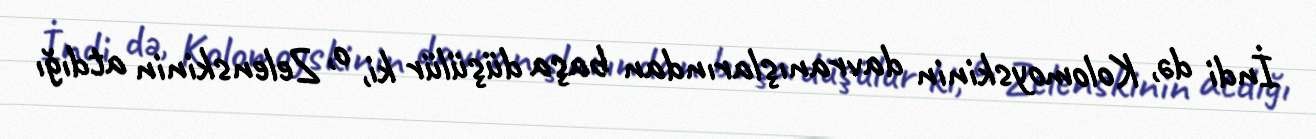
İndi də, Kolomoyskinin davranışlarından başa düşülür ki, o, Zelenskinin atdığı